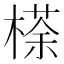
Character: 𣘻